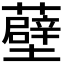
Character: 𧂸